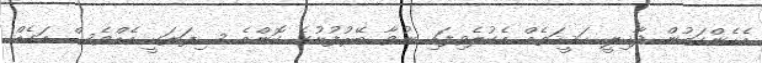
އެހެންކަމުން ދާޚިލީ ޙަޤީޤަތެއް އެކުލެވިފައި ނުވާ ބޭރުފުށުގެ ކޮންމެ ސިފަޔަކީ އެއްވެސް އަގެއް